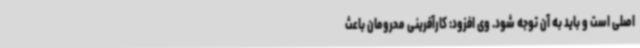
اصلی است و باید به آن توجه شود. وی افزود: کارآفرینی محرومان باعث